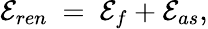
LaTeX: {\cal E}_{ren}\ =\ {\cal E}_{f}+{\cal E}_{as},